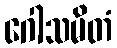
ဂေါသမိတံ